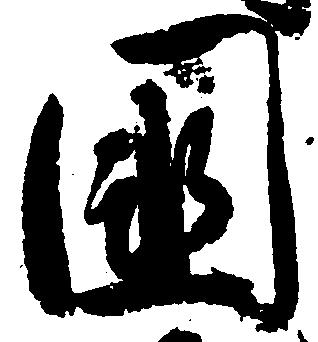
国